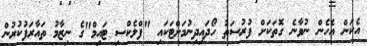
އެކަން އެހެން ނުވާނެ ގޮތަކަށް ފުރުސަތު ހޯދައިދިނުމަށްޓަކައި "ފްލެކްސި ޓައިމް"ގެ ނިޒާމު ތައާރަފުކުރުން